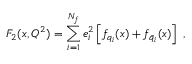
F _ { 2 } ( x , Q ^ { 2 } ) = \sum _ { i = 1 } ^ { N _ { f } } e _ { i } ^ { 2 } \left[ f _ { q _ { i } } ( x ) + f _ { \bar { q } _ { i } } ( x ) \right] \; ,